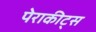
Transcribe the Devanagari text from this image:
पेराकीट्स